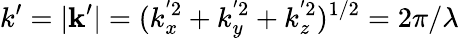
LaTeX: k^{\prime}=\vert\mathbf{k}^{\prime}\vert=(k_{x}^{'2}+k_{y}^{'2}+k_{z}^{'2})^{1/2}=2\pi/\lambda